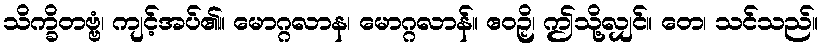
သိက္ခိတဗ္ဗံ၊ ကျင့်အပ်၏။ မောဂ္ဂလာန၊ မောဂ္ဂလာန်။ ဧဝဉှိ၊ ဤသို့လျှင်။ တေ၊ သင်သည်။